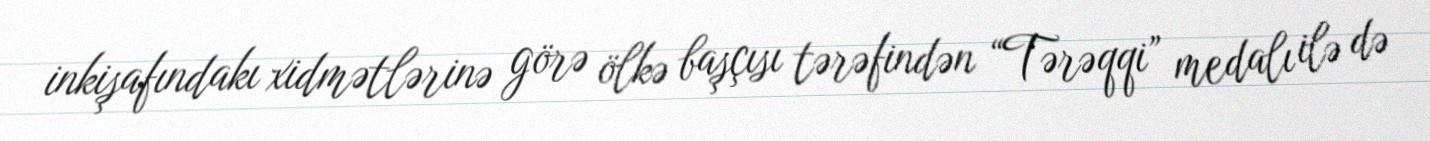
inkişafındakı xidmətlərinə görə ölkə başçısı tərəfindən “Tərəqqi” medalı ilə də